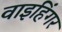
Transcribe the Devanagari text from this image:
वाइहिंगर